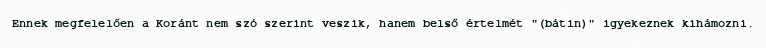
Ennek megfelelően a Koránt nem szó szerint veszik, hanem belső értelmét "(bátin)" igyekeznek kihámozni.